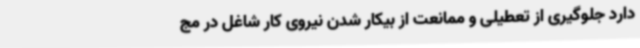
دارد جلوگیری از تعطیلی و ممانعت از بیکار شدن نیروی کار شاغل در مج